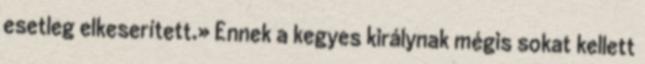
esetleg elkeserített.» Ennek a kegyes királynak mégis sokat kellett